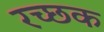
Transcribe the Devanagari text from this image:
रच्‍छक